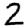
Digit: 2